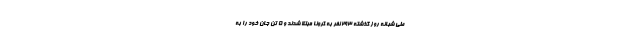
طی شبانه روز گذشته ۲۹۳ نفر به کرونا مبتلا شدند و ۵ تن جان خود را به